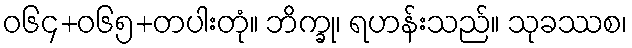
ဝ၆၄+၀၆၅+တပါးတုံ။ ဘိက္ခု၊ ရဟန်းသည်။ သုခဿစ၊